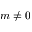
m \neq 0